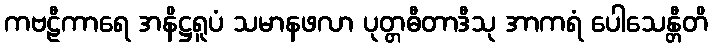
ကဗဠီကာရေ အနိဋ္ဌရူပံ သမာနဖလာ ပုတ္တဓီတာဒီသု အာကရံ ပေါသေန္တီတိ